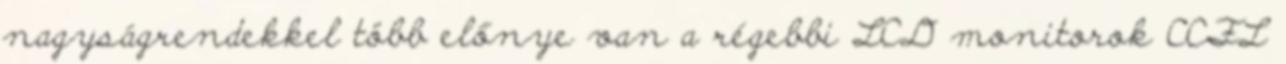
nagyságrendekkel több előnye van a régebbi LCD monitorok CCFL